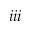
i i i